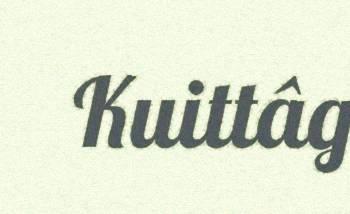
Kuittâg